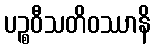
ပဉ္စဝီသတိဝဿာနိ